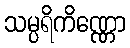
သမ္ပရိကိဏ္ဏော